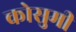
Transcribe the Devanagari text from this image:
कोसुमी